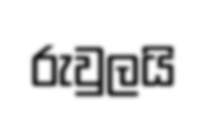
රුවුලයි